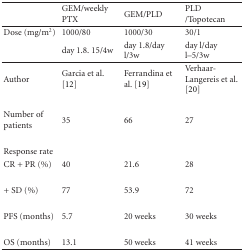
<table><thead><tr><td></td><td><b>GEM/weekly PTX</b></td><td><b>GEM/PLD</b></td><td><b>PLD/Topotecan</b></td></tr></thead><tbody><tr><td>Dose (mg/m<sup>2</sup>)</td><td>1000/80</td><td>1000/30</td><td>30/1</td></tr><tr><td></td><td>day 1.8. 15/4w</td><td>day 1.8/day l/3w</td><td>day l/day l–5/3w</td></tr><tr><td>Author</td><td>Garcia et al. [12]</td><td>Ferrandina et al. [19]</td><td>Verhaar-Langereis et al. [20]</td></tr><tr><td>Number of patients</td><td>35</td><td>66</td><td>27</td></tr><tr><td>Response rate</td><td></td><td></td><td></td></tr><tr><td>CR + PR (%)</td><td>40</td><td>21.6</td><td>28</td></tr><tr><td> + SD (%)</td><td>77</td><td>53.9</td><td>72</td></tr><tr><td>PFS (months)</td><td>5.7</td><td>20 weeks</td><td>30 weeks</td></tr><tr><td>OS (months)</td><td>13.1</td><td>50 weeks</td><td>41 weeks</td></tr></tbody></table>